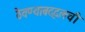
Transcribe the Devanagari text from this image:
ठेवण्याबद्दलची